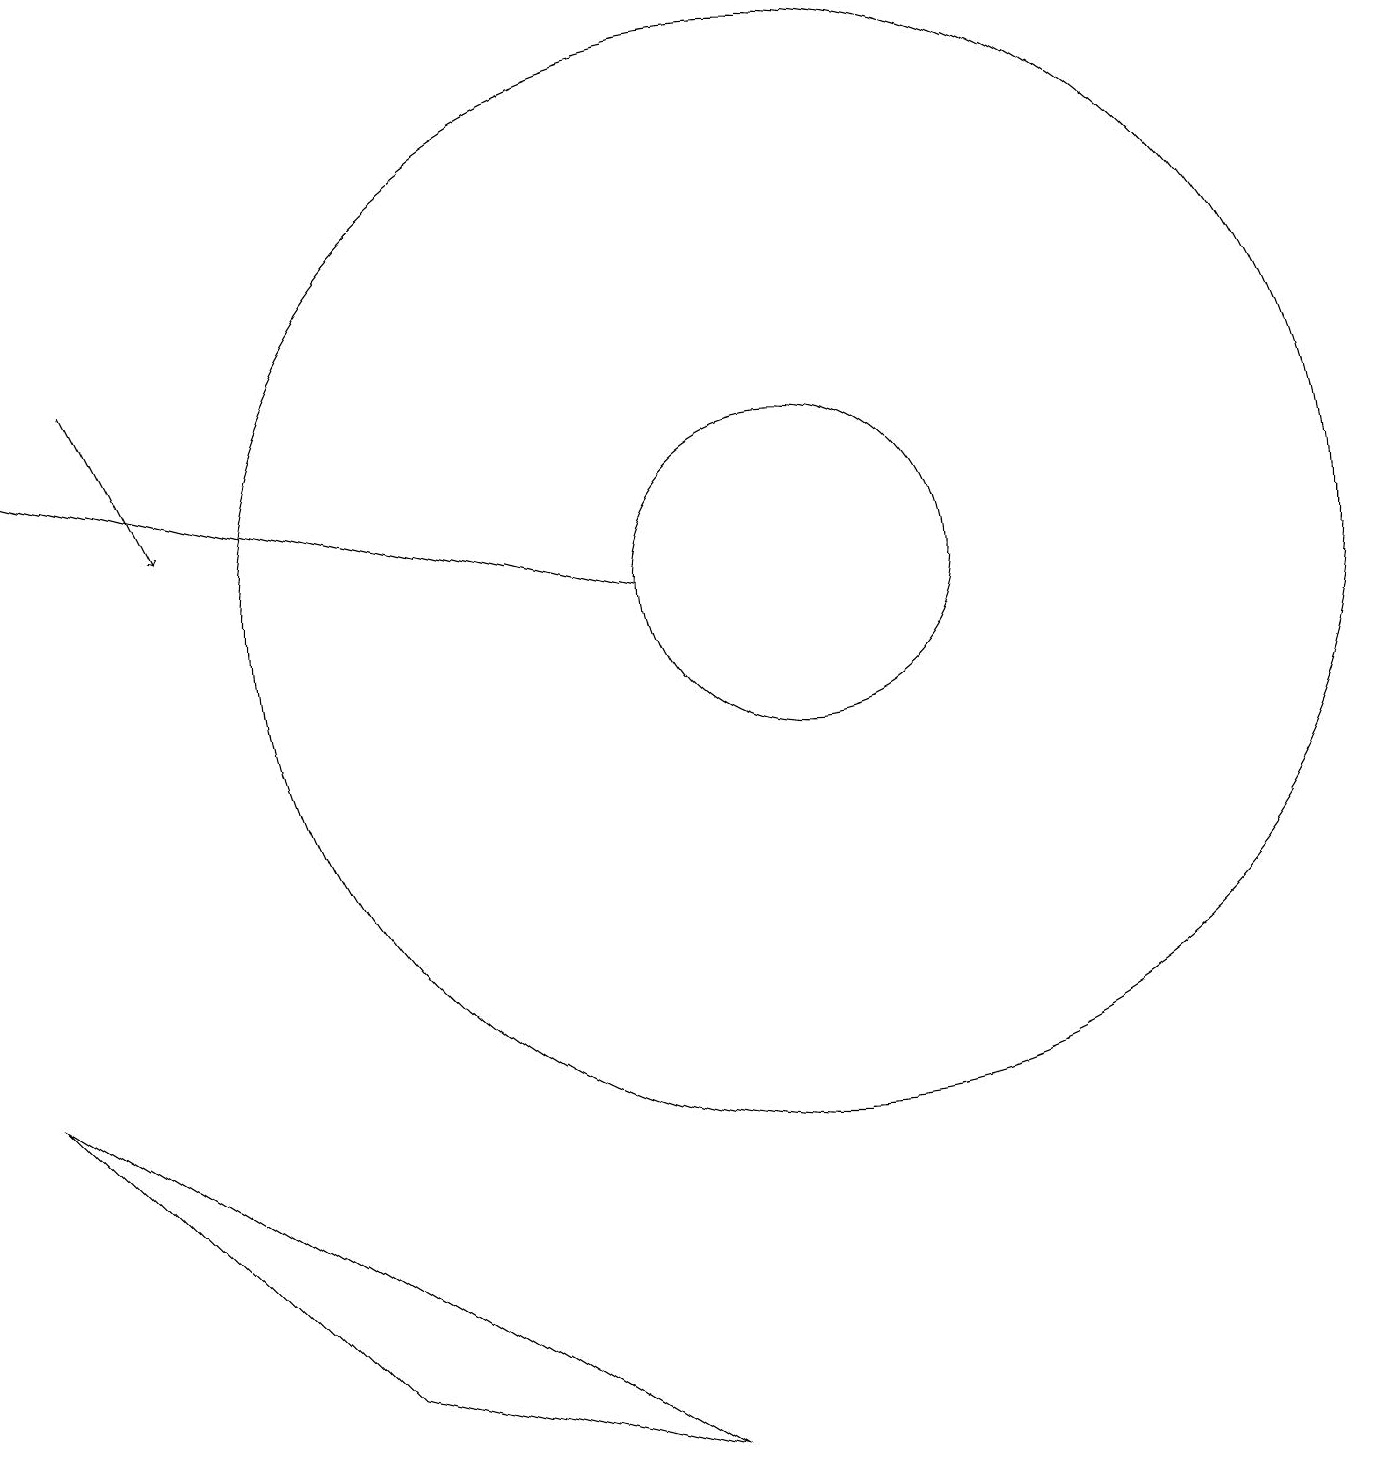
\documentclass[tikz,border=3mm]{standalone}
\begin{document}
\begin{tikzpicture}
\draw[->] (2,14) -- (3,12);
\draw (11,11) circle (2);
\draw (10,11) circle (0);
\draw[->] (9,11) -- (1,13);
\draw (1,5) -- (9,0) -- (5,1) -- cycle;
\draw (11,11) circle (7);
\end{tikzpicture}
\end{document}